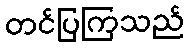
တင်ပြကြသည်